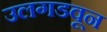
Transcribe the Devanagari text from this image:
उलगडवून